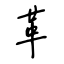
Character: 革